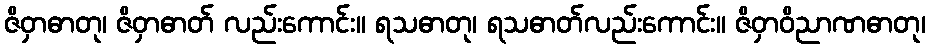
ဇိဝှာဓာတု၊ ဇိဝှာဓာတ် လည်းကောင်း။ ရသဓာတု၊ ရသဓာတ်လည်းကောင်း။ ဇိဝှာဝိညာဏဓာတု၊